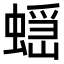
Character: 𧏭